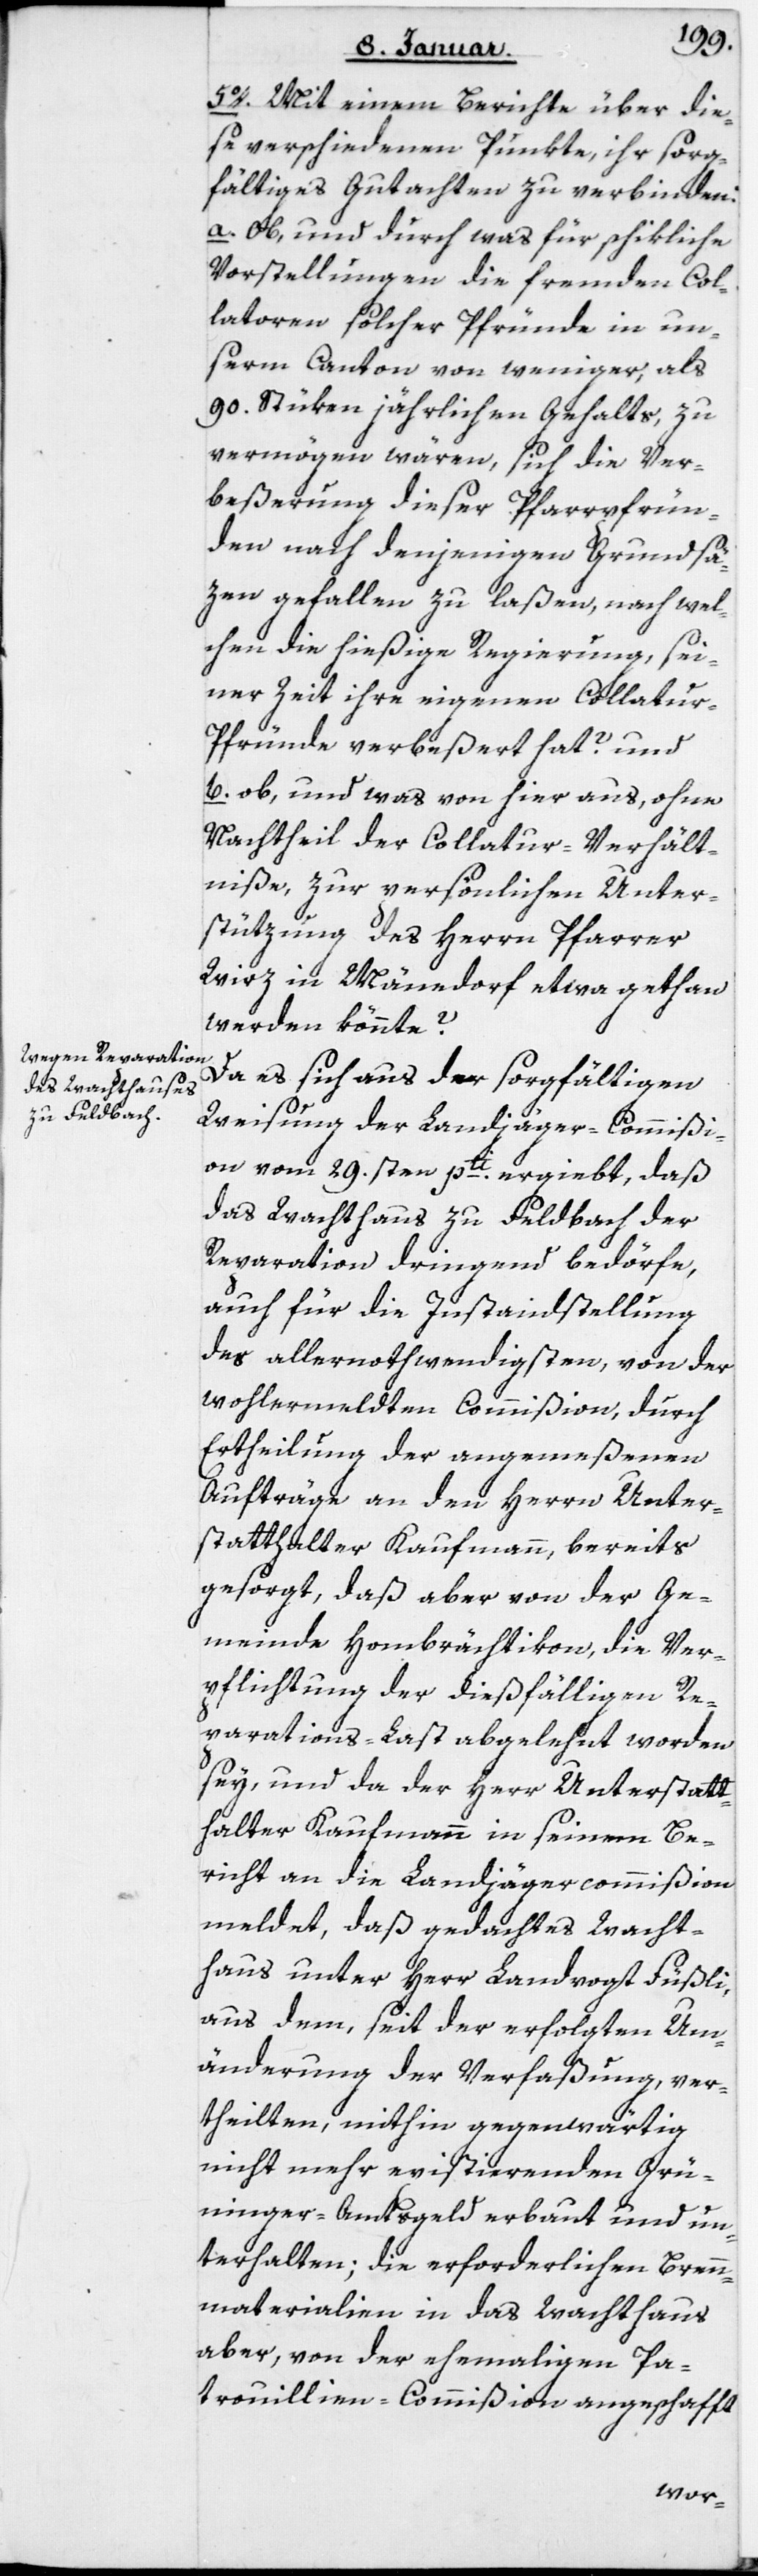
5. Mit einem Berichte über die¬
se verschiedenen Punkte, ihr sorg¬
fältiges Gutachten zu verbinden:
a Ob und durch was für schikliche
Vorstellungen die fremden Col¬
latoren solcher Pfründe in un¬
serm Canton von weniger als
90 Stüken jährlichen Gehalts, zu
vermögen wären, sich die Ver¬
beßerung dieser Pfarrpfrün¬
den nach denjenigen Grundsä¬
zen gefallen zu laßen, nach wel¬
chen die hießige Regierung sei¬
ner Zeit ihre eigenen Collatur-P¬
fründe verbeßert hat? und
b ob und was von hier aus, ohne
Nachtheil der Collatur-Verhält¬
niße, zur persönlichen Unter¬
stützung des Herrn Pfarrer
Wirz in Männedorf etwa gethan
werden könnte?
Da es sich aus der sorgfältigen
Weisung der Landjägercommißi¬
on vom 29sten pti ergiebt, daß
das Wachthaus zu Feldbach der
Reparation dringend bedörfe,
auch für die Instandstellung
des allernothwendigsten, von der
wohlermeldten Commißion durch
Ertheilung der angemeßenen
Aufträge an den Herrn Unter¬
statthalter Kaufmann, bereits
gesorgt, daß aber von der Ge¬
meinde Hombrächtikon die Ver¬
pflichtung der dießfälligen Re¬
parations-Last abgelehnt worden
sey, und da der Herr Unterstatt¬
halter Kaufmann in seinem Be¬
richt an die Landjägercommißion
meldet, daß gedachtes Wacht¬
haus unter Herr Landvogt Füßli,
aus dem, seit der erfolgten Um¬
änderung der Verfaßung ver¬
theilten, mithin gegenwärtig
nicht mehr existierenden Grü¬
ninger-Amtsgeld erbaut und un¬
terhalten; die erforderlichen Bren¬
nmaterialien in das Wachthaus
aber, von der ehemaligen Pa¬
trouillen-Commißion angeschafft